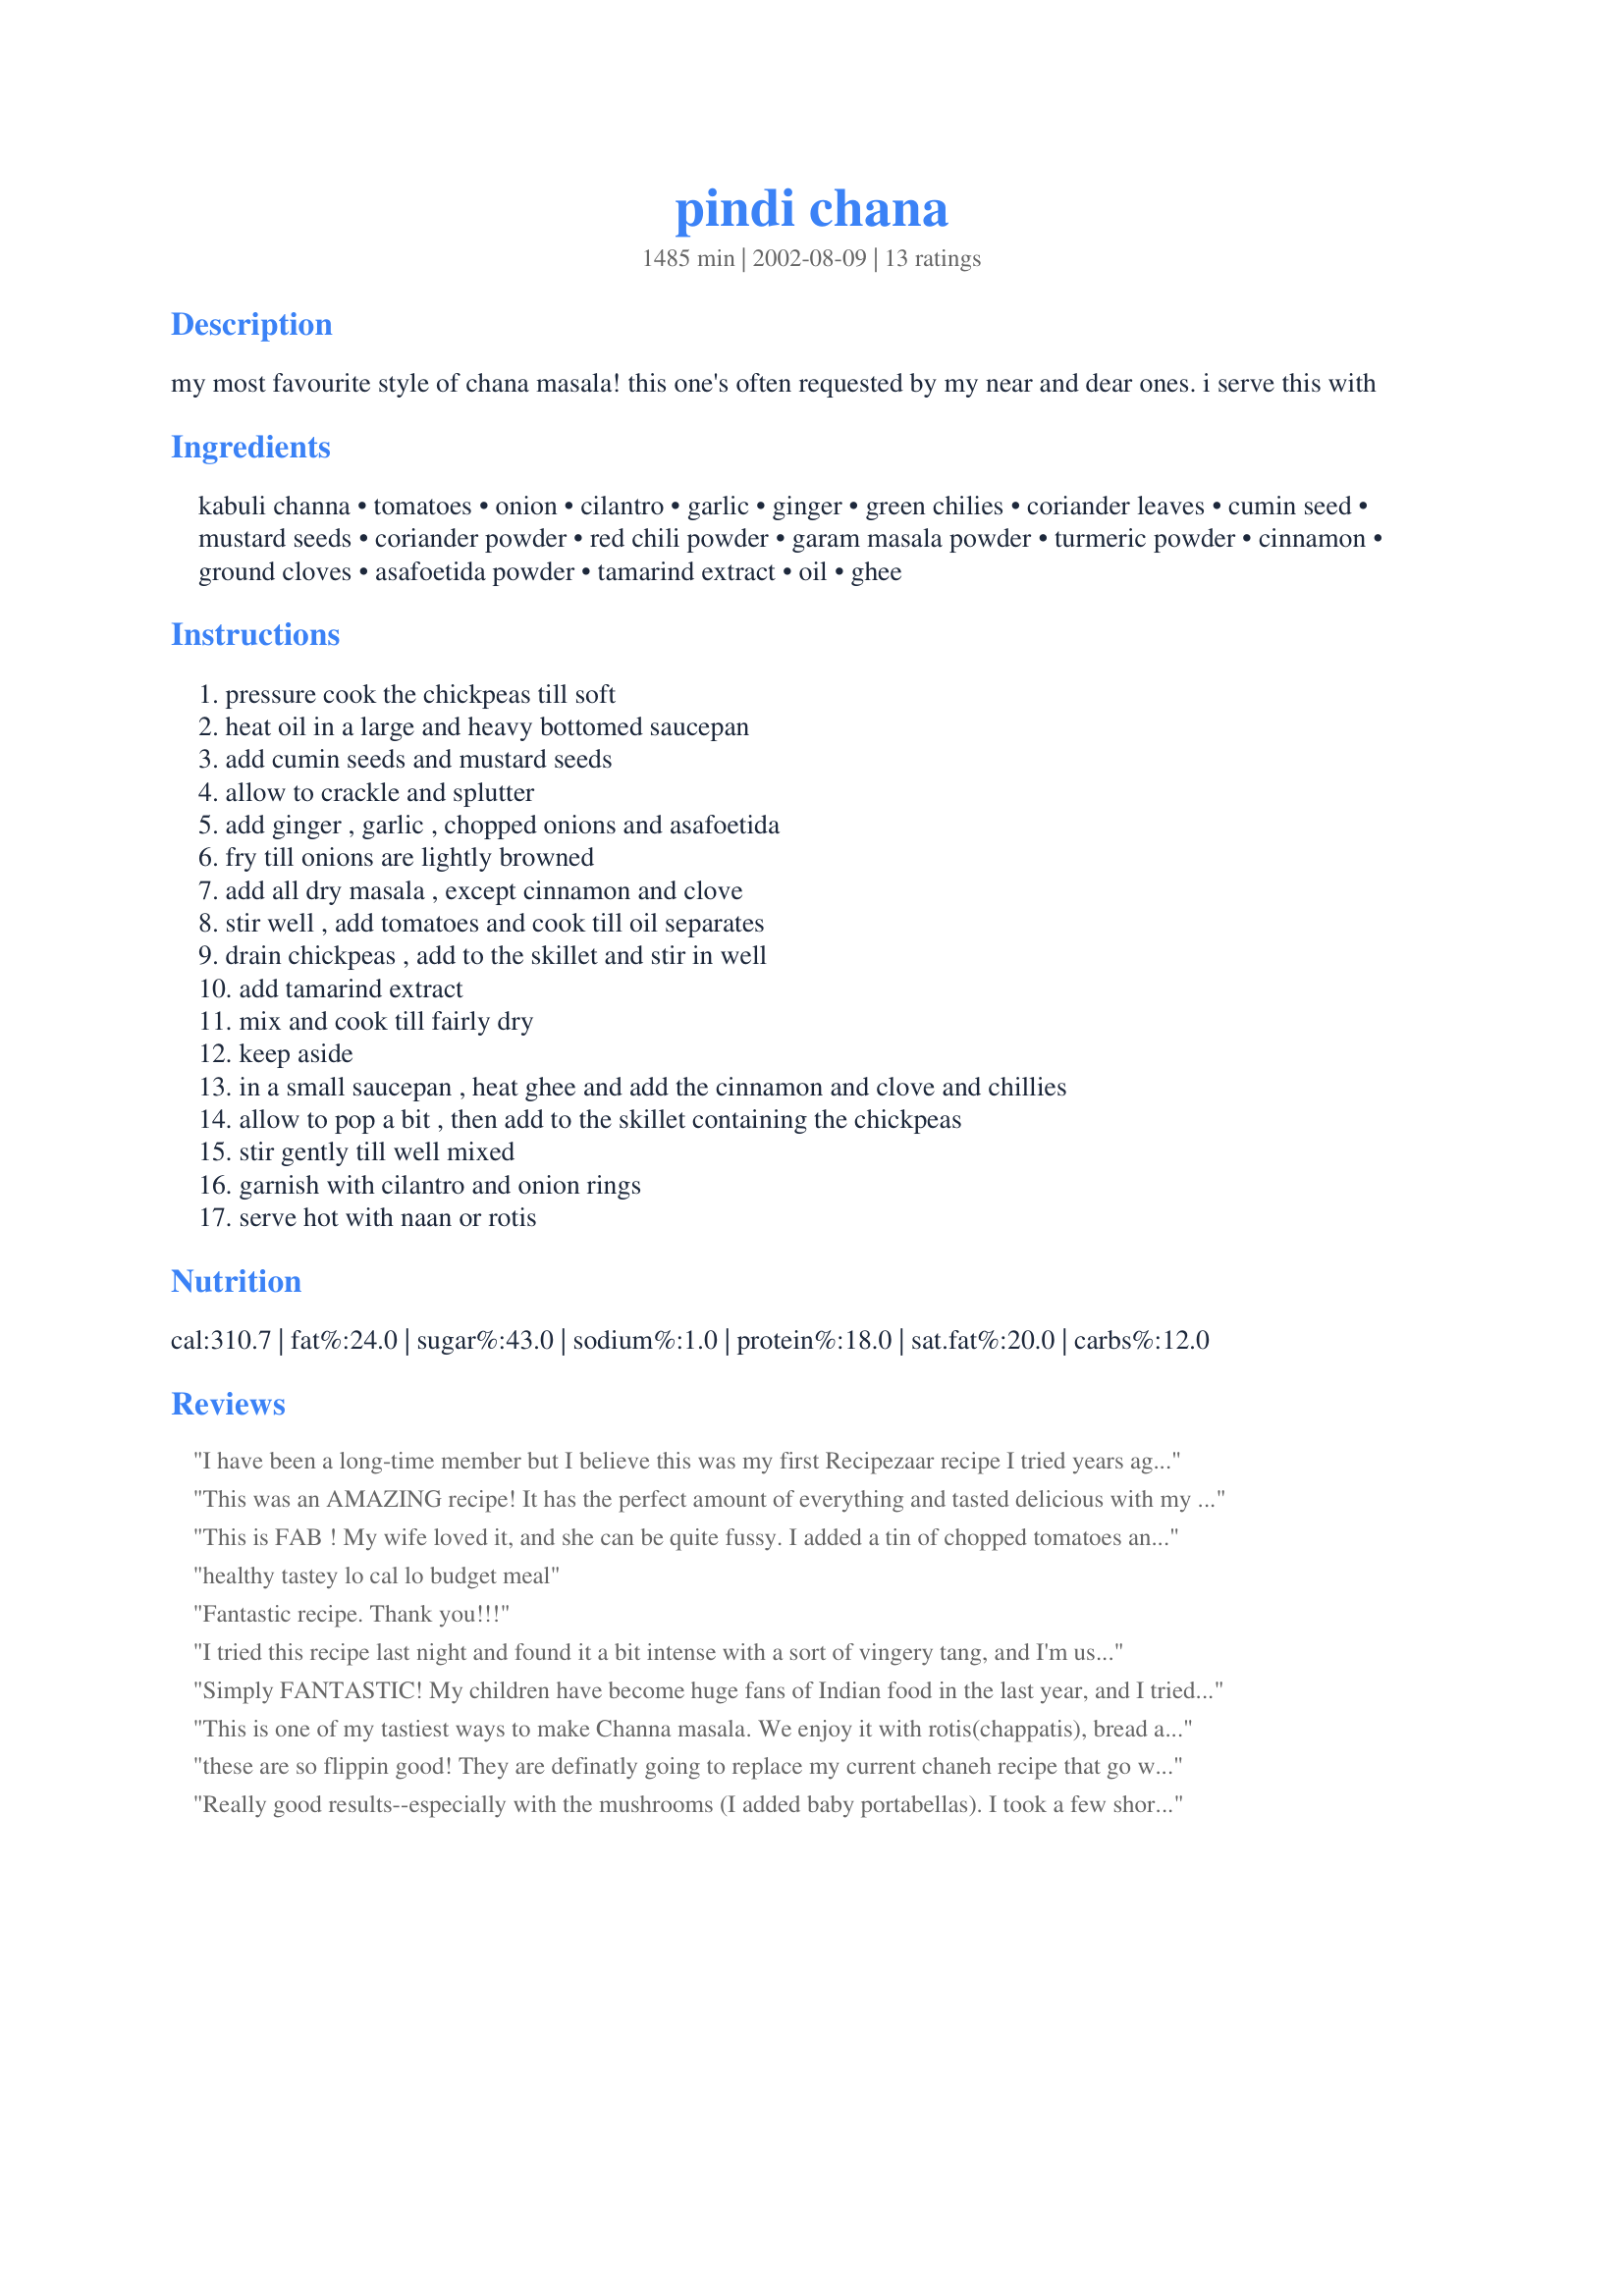
pindi chana
Preparation time: 1485 minutes

my most favourite style of chana masala! this one's often requested by my near and dear ones. i serve this with

Ingredients:
kabuli channa, tomatoes, onion, cilantro, garlic, ginger, green chilies, coriander leaves, cumin seed, mustard seeds, coriander powder, red chili powder, garam masala powder, turmeric powder, cinnamon, ground cloves, asafoetida powder, tamarind extract, oil, ghee

Steps:
pressure cook the chickpeas till soft, heat oil in a large and heavy bottomed saucepan, add cumin seeds and mustard seeds, allow to crackle and splutter, add ginger , garlic , chopped onions and asafoetida, fry till onions are lightly browned, add all dry masala , except cinnamon and clove, stir well , add tomatoes and cook till oil separates, drain chickpeas , add to the skillet and stir in well, add tamarind extract, mix and cook till fairly dry, keep aside, in a small saucepan , heat ghee and add the cinnamon and clove and chillies, allow to pop a bit , then add to the skillet containing the chickpeas, stir gently till well mixed, garnish with cilantro and onion rings, serve hot with naan or rotis

Reviews:
I have been a long-time member but I believe this was my first Recipezaar recipe I tried years ago. It is absolutely delicious and really made me go crazy for anything tamarind. I always enjoy reading your recipes, Charishma, because I know they'll be great every time! Thanks for submitting.
This was an AMAZING recipe!
It has the perfect amount of everything and tasted delicious with my home made naan bread. I recommend this to all the veggies out there!
-V
This is FAB !
My wife loved it, and she can be quite fussy. I added a tin of chopped tomatoes and and some extra garlic to give more sauce. I recommend to anyone looking for a quality curry and esp if you want a meat alt.
healthy tastey lo cal lo budget meal
Fantastic recipe. Thank you!!!
I tried this recipe last night and found it a bit intense with a sort of vingery tang, and I'm usually the sort to favor strong flavors. I'm willing to blame it on the fact that I'm still figuring out exactly how best to use tamarind, given the varying forms in which it is commercially available. I used Tamicon tamarind concentrate in this recipe, and I believe that contributed to the intense acidic quality of the dish. I also used a bit of reconstituted tomato paste, for lack of having any fresh tomatoes on hand. In the future, I would reduce the tamarind by half, as suggested by another reviewer, and try this recipe with a fresh tomato.
Simply FANTASTIC! My children have become huge fans of Indian food in the last year, and I tried my first Indian dinner the day after Thanksgiving.
This was by far the favorite dish of the six we made! It was just delicious! My son, the "critic" who spent a month in India last year, was almost raving about it- almost!
I will be making this many many times in the coming years, and have sent the recipe with my son and two daughters! Thank you, Char!
(oh, and I told them all about you during dinner!)
This is one of my tastiest ways to make Channa masala. We enjoy it with rotis(chappatis), bread and most of all, with bhaturas'!
these are so flippin good! They are definatly going to replace my current chaneh recipe that go with bhatooras. I made this today for my anti-chicken-eating husband and he loved them! A difference that I made was that i used one can of garbanzo beans instead of soaking a cup overnight. I also didn't use asofetida because I didn't have any, and instead of ghee I just used a some oil.
We had these with parathas but next time we will have these with some bhatooras.
Ahhh soooo good :)
Charishma, ur recipes are awesome. Especially your indian/pakistani ones. I use recipes often because I'm still compiling a collection of my own recipes, and your recipes have become a staple in them :)
Really good results--especially with the mushrooms (I added baby portabellas). I took a few shortcuts--canned chickpeas and fire roasted tomatoes. I used a few tablespoons of jarred red jalapenoes. I left out the tamarind and asafetida powder since I did not have them in my pantry. I also just added the cinnamon and cloves to the rest of the spice mix and did not use any ghee. Despite the changes, the dish was very simple and tasty! I served this with store bought garlic naan and grilled chicken spiced with curry.
very nice, instructive recipe. the only thing i did different was to reduce the tamarind paste to 1TBSP. i served it with bhaturas and garnished with cilantro. thanks for posting.
We thoroughly enjoyed this! I added 2 cups of vegetable broth when I added the tomatoes and let it reduce as the dish cooked for a bit more sauce. Other than that, we followed the recipe to the letter.
Excellent! Delicious Channae that I served w/homemade puris. I would add a little gravy next time. But even without the gravy, you've made an ignorant channa maker into a pro, w/an easy can't go wrong recipie that tastes absolutely fabulous!
